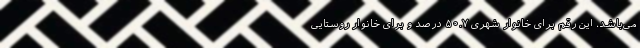
می‌باشد. این رقم برای خانوار شهری ۵۰.۷ درصد و برای خانوار روستایی